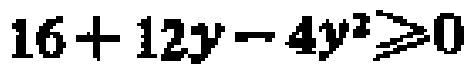
\(16 + 12y - 4y^{2} \geq 0\)